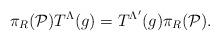
LaTeX: \begin{align*}\pi_R({\cal P}) T^{\Lambda}(g) = T^{\Lambda'}(g) \pi_R({\cal P}).\end{align*}